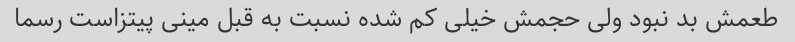
طعمش بد نبود ولی حجمش خیلی کم شده نسبت به قبل مینی پیتزاست رسما